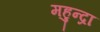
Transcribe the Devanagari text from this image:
महुन्द्रा